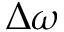
\Delta \omega